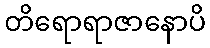
တိရောရာဇာနောပိ